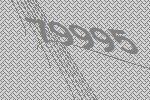
79995